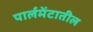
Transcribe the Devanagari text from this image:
पार्लमेंटातील